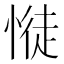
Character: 𢟎